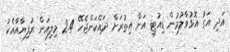
އަދި އަގު އޮޅުވާލުމުން ޑިއުޓީ އަށް އިތުރަށް ދައްކަންޖެހޭ 2.4 މިލިއަން ރުފިޔާއާއެކު